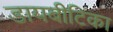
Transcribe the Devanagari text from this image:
डायबीटिका